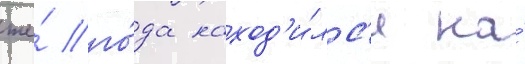
же́ го́да наход'и́лс'я на́